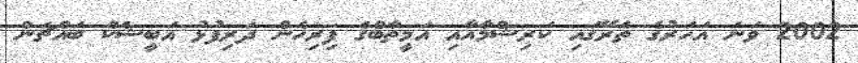
2002 ވަނަ އަހަރުގެ ތެރޭގައި ކަަރިޝްމާއާއި އަމީތާބްގެ ފިރިހެން ދަރިފުޅު އަބީޝެކް ބައްޗަން